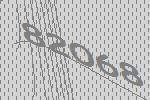
82068